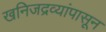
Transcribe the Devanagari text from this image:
खनिजद्रव्यांपासून